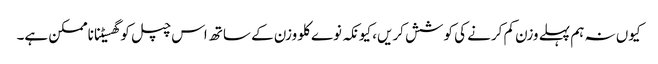
کیوں نہ ہم پہلے وزن کم کرنے کی کوشش کریں، کیونکہ نوے کلو وزن کے ساتھ اس چپل کو گھسیٹنا ناممکن ہے۔